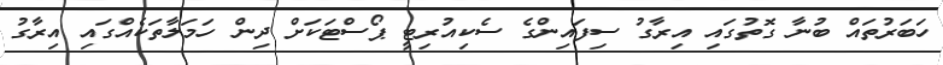
ހަބަރުތައް ބުނާ ގޮތުގައި އިރާގު ސިފައިންގެ ސެކިއުރިޓީ ޕޯސްޓަކަށް ދިން ހަމަލާތަކެއްގައި އިރާގު